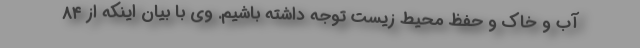
آب و خاک و حفظ محیط زیست توجه داشته باشیم. وی با بیان اینکه از ۸۴